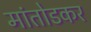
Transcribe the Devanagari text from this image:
मांतोडकर